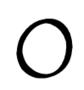
០